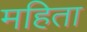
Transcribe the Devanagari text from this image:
महिता